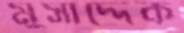
মুসাদ্দেক